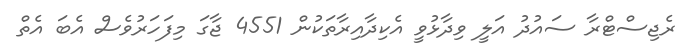
ރެޖިސްޓްރާ ސައުދު އަލީ ވިދާޅުވީ އެކިދާއިރާތަކުން 4551 ޖާގަ މިފަހަރުވެސް އެބަ އެތް